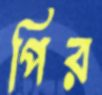
পির